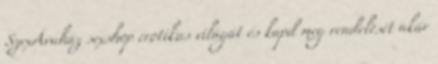
SzexÁruház sexshop erotikus világát és kapd meg rendelését akár